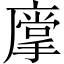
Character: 𱝋